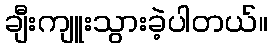
ချီးကျူးသွားခဲ့ပါတယ်။